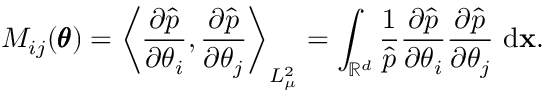
M _ { i j } ( \pmb \theta ) = \left\langle \frac { \partial \hat { p } } { \partial \theta _ { i } } , \frac { \partial \hat { p } } { \partial \theta _ { j } } \right\rangle _ { L _ { \mu } ^ { 2 } } = \int _ { \mathbb { R } ^ { d } } \frac { 1 } { \hat { p } } \frac { \partial \hat { p } } { \partial \theta _ { i } } \frac { \partial \hat { p } } { \partial \theta _ { j } } \ \mathrm d \mathbf x .